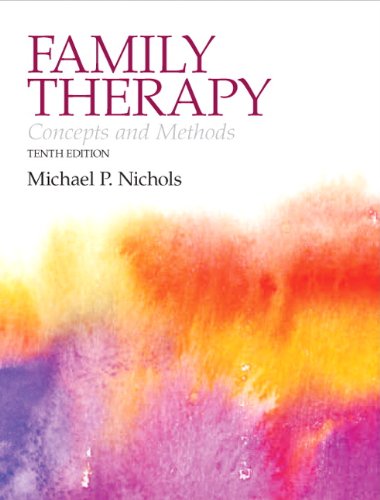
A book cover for Family Therapy: Concepts and Methods (10th Edition); Michael P. Nichols; Medical Books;